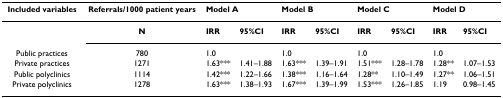
| Included variables | Referrals/1000 patient years | <COLSPAN=2> Model A | <COLSPAN=2> Model B | <COLSPAN=2> Model C | <COLSPAN=2> Model D |
 | --- | --- | --- | --- | --- | --- | --- | --- | --- | --- |
 |  | N | IRR | 95%CI | IRR | 95%CI | IRR | 95%CI | IRR | 95%CI |
 | Public practices | 780 | 1.0 |  | 1.0 |  | 1.0 |  | 1.0 |  |
 | Private practices | 1271 | 1.63*** | 1.41–1.88 | 1.63*** | 1.39–1.91 | 1.51*** | 1.28–1.78 | 1.28** | 1.07–1.53 |
 | Public polyclinics | 1114 | 1.42*** | 1.22–1.66 | 1.38*** | 1.16–1.64 | 1.28** | 1.10–1.49 | 1.27** | 1.06–1.51 |
 | Private polyclinics | 1278 | 1.63*** | 1.38–1.93 | 1.67*** | 1.39–1.99 | 1.53*** | 1.26–1.85 | 1.19 | 0.98–1.45 |